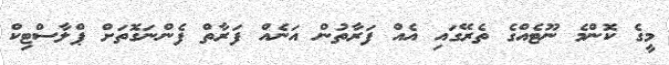
މީގެ ކޮންމެ ނޫޓެއްގެ ތެރޭގައި އެއް ފަރާތުން އަނެއް ފަރާތް ފެންނަގޮތަށް ޕްލާސްޓިކް